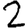
Digit: 2